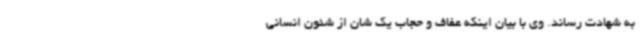
به شهادت رساند. وی با بیان اینکه عفاف و حجاب یک شان از شئون انسانی